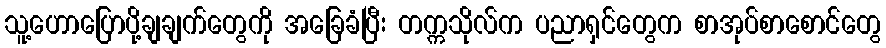
သူ့ဟောပြောပို့ချချက်တွေကို အခြေခံပြီး တက္ကသိုလ်က ပညာရှင်တွေက စာအုပ်စာစောင်တွေ